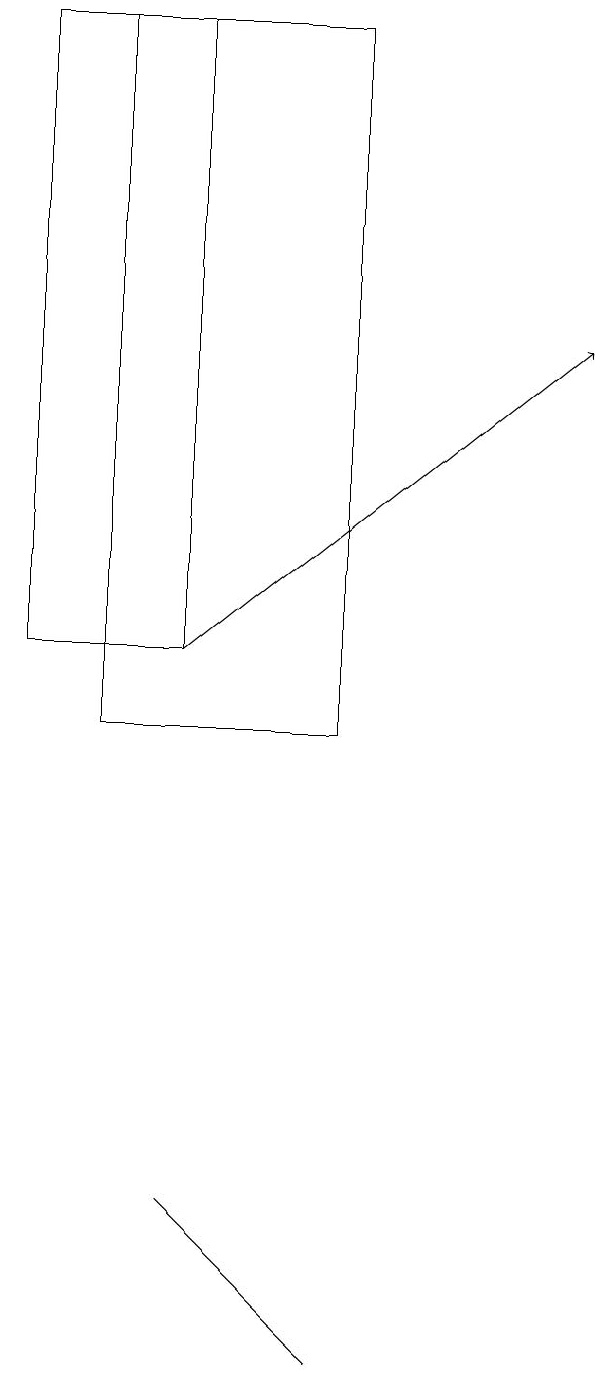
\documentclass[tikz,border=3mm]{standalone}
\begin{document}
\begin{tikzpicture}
\draw (5,10) rectangle (2,19);
\draw (1,19) rectangle (3,11);
\draw[->] (3,11) -- (8,15);
\draw (3,4) -- (3,4) -- (5,2) -- cycle;
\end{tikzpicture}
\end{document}